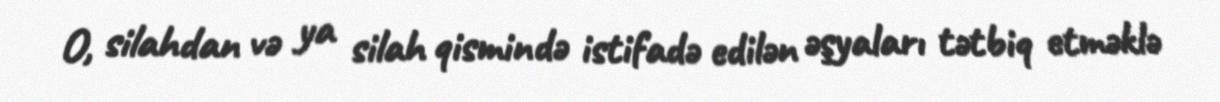
O, silahdan və ya silah qismində istifadə edilən əşyaları tətbiq etməklə